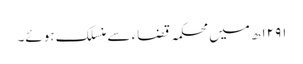
۱۲۹۱ھ میں محکمہ قضاء سے منسلک ہوئے۔